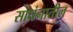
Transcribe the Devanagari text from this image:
साधंनातील